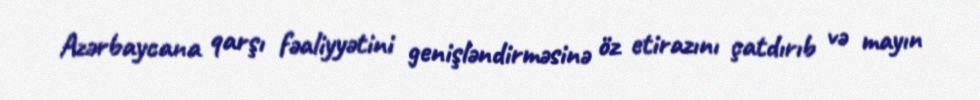
Azərbaycana qarşı fəaliyyətini genişləndirməsinə öz etirazını çatdırıb və mayın